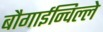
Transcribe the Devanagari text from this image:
बौगाईन्विल्ले